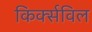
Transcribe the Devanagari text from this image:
किर्क्सविल